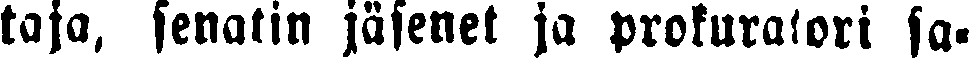
taja, senatin jäsenet ja prokuratori sa-